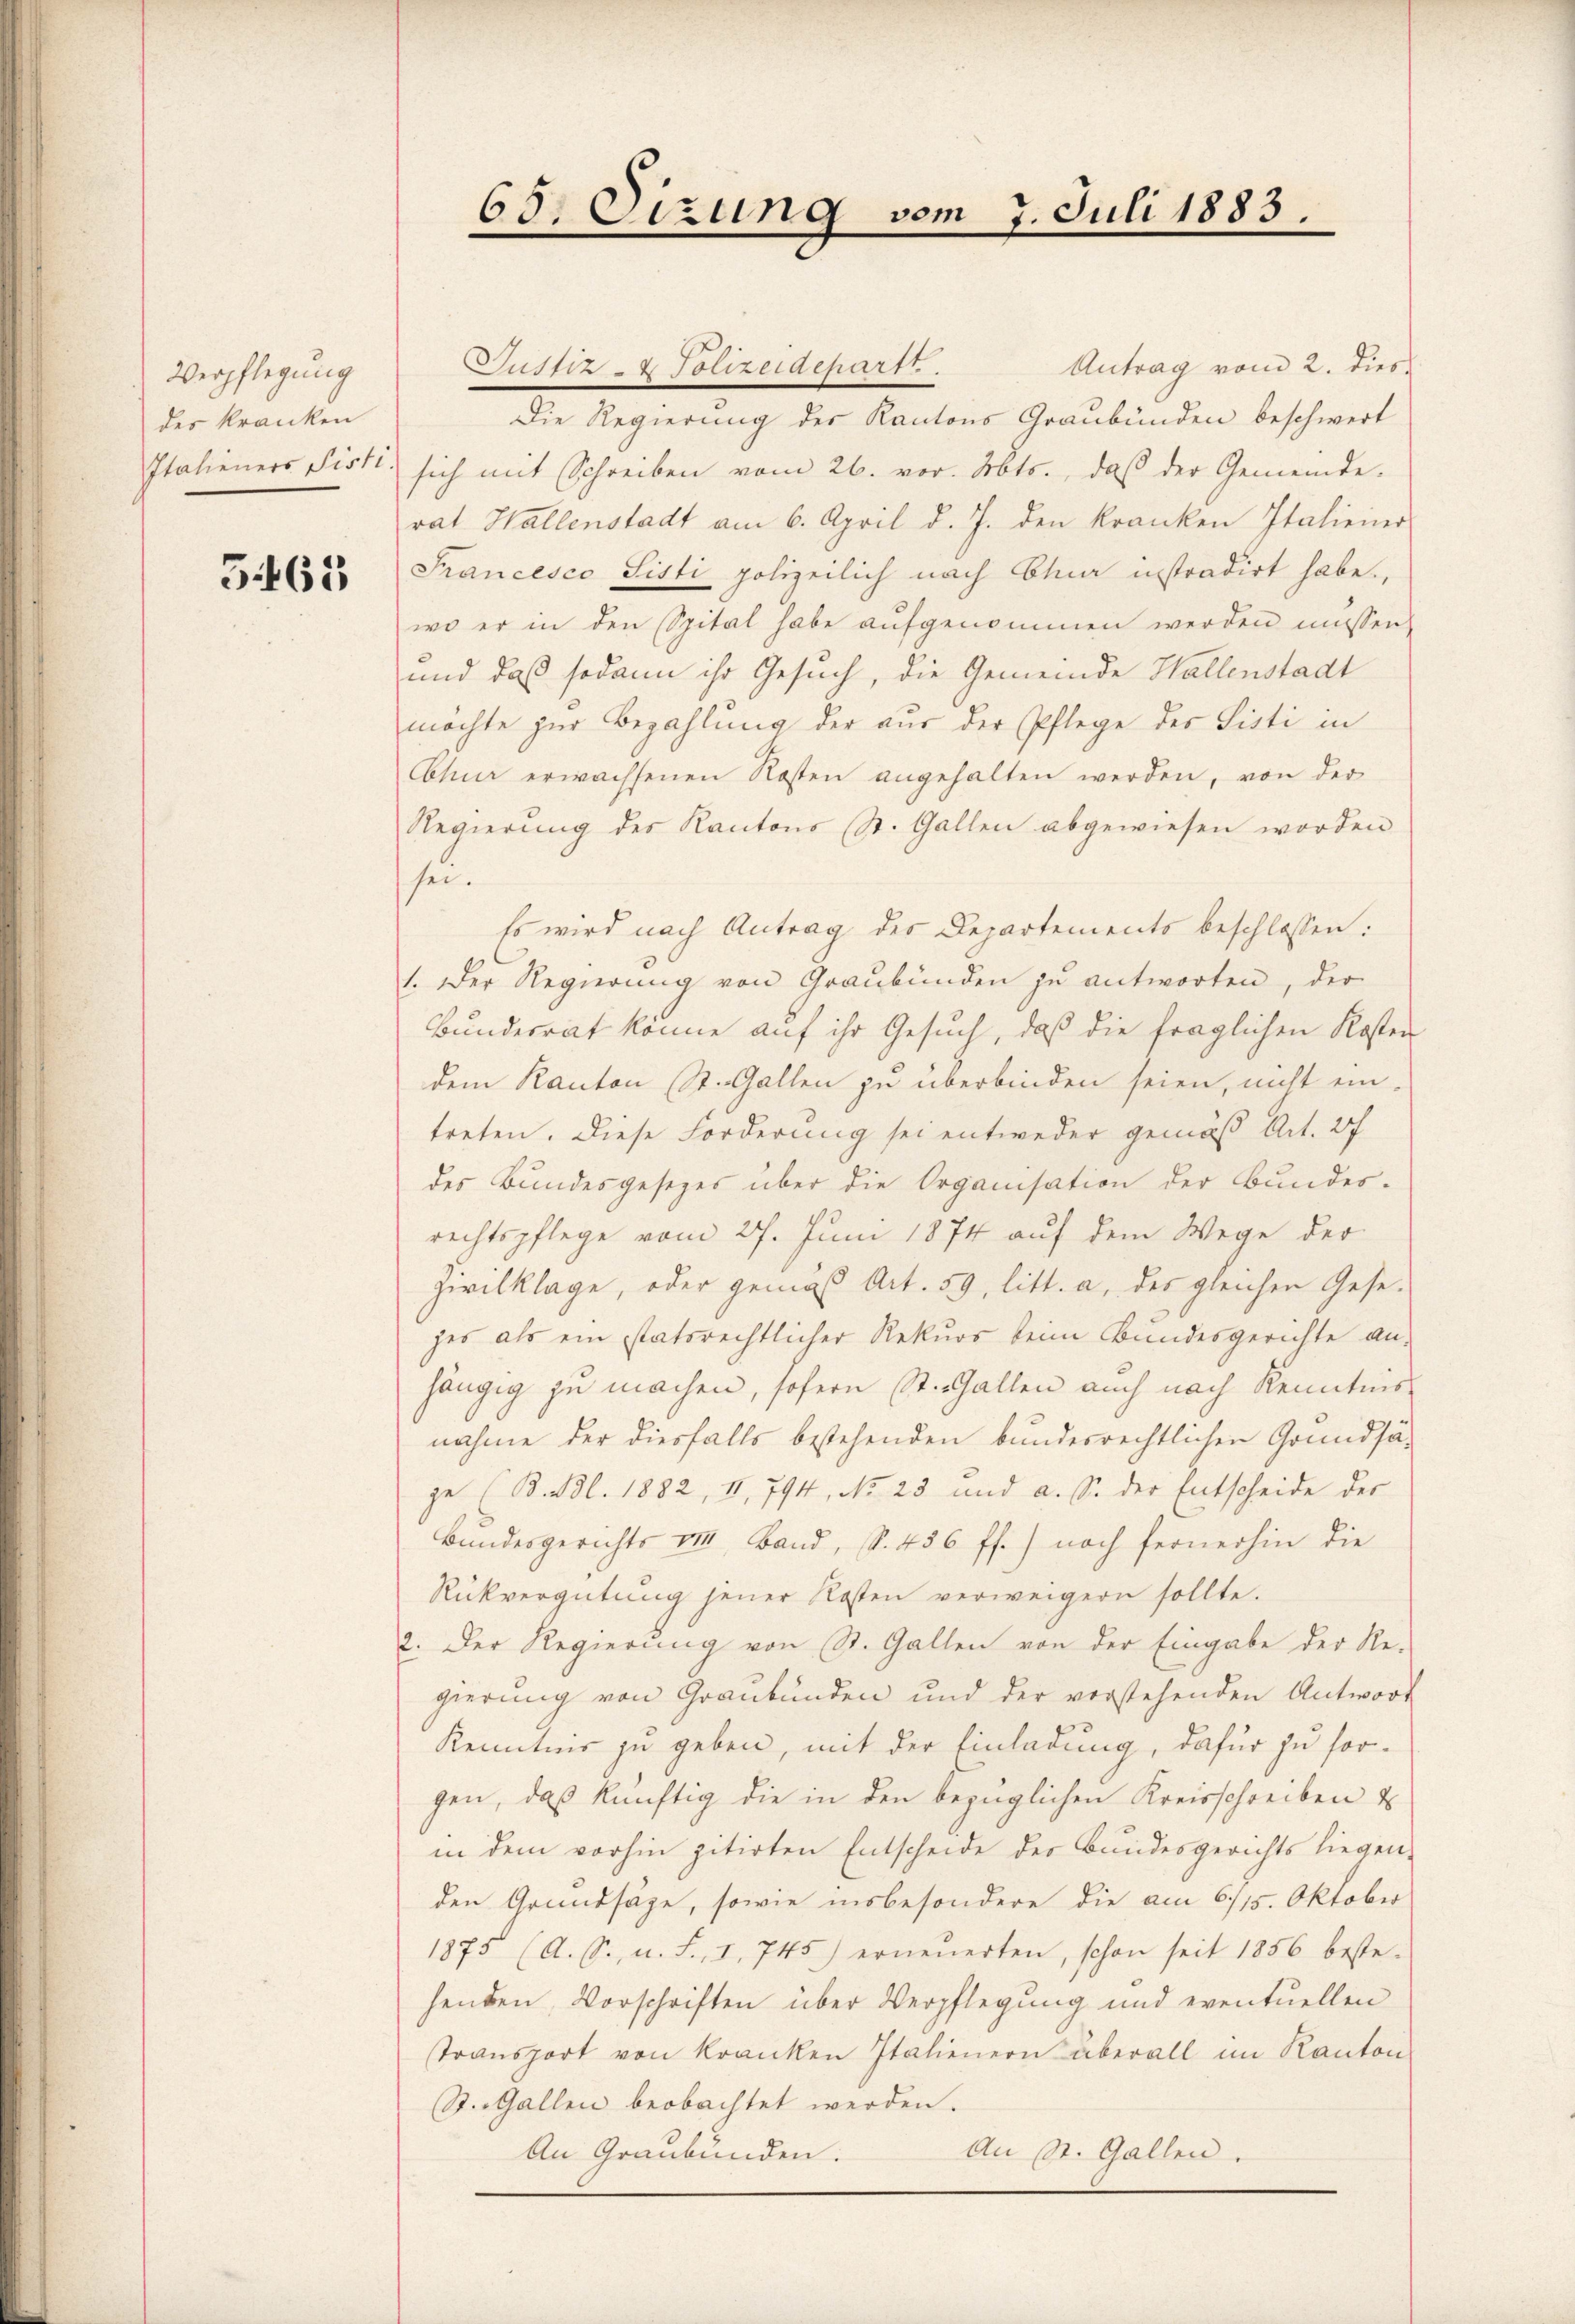
Verpflegung
der kranken
Italieners Pisti

5463

65. Sizung vom 7. Juli 1883.

Antrag vom 2. dies
Justiz & Polizeidepart.
Die Regierung der Kantons Graubünden beschwert
sich mit Schreiben vom 26. vor. Mts., daβ der Gemeinde-
rat Hallenstadt am 6. April d. J. den kranken Italiener
Francesco Sisti polizeilich nach Chur instradirt habe.
wo er in den Spital habe aŭfgenommen werden müssen,
und daß sodann ihr Gesuch, die Gemeinde Hallenstadt
möchte zur Bezahlung der aus der Pflege des Sisti in
Chur erwachsenen Kosten angehalten werden, von der
Regierung des Kantons (St. Gallen abgewiesen worden
sei.
Es wird nach Antrag des Departements beschlossen:
1. Der Regierung von Graubünden zu antworten, der
Bunderrat könne auf ihr Gesuch, daß die fraglichen Kosten
dem Kanton St. Gallen zu überbinden seien, nicht ein-
treten. Diese Forderung sei entweder gemäß Art. 27
des Bundesgesezes über die Organisation der Bundes-
rechtspflege vom 27. Juni 1874 auf dem Wege der
zivilklage, oder gemäß Art. 59, litt. a, des gleichen Geseges als ein statsrechtlicher Rekurs beim Bundesgerichte an.
hängig zu machen, sofern St. Gallen auch nach Kenntnis
nahme der diesfalls bestehenden bundesrechtlichen Grundsäge (B. Bl. 1882, II, 794, No. 23 und a. S. der Entscheide der
Bundesgerichts v. Band, S. 456 ff.) noch fernerhin die
Rückvergütung jener Kosten verweigern sollte.
2. Der Regierung von St. Gallen von der Eingabe der Re-
gierung von Graubünden und der verstehenden Antwort
Kenntnis zu geben, mit der Einladung, dafür zu sorgen, daß künftig die in den bezüglichen Kreisschreiben u
in dem vorhin zitirten Entscheide der Bundesgerichts liegen-
den Grundsätze, sowie insbesondere die am 6/15. Oktober
1875 (A. S., n. F., I, 745) erneŭerten, schon seit 1856 beste-
henden, Vorschriften über Verpflegung und eventuellen
transport von Kranken Italienern überall im Kanton
St. Gallen beobachtet werden.
An St. Gallen.
An Graubünden.